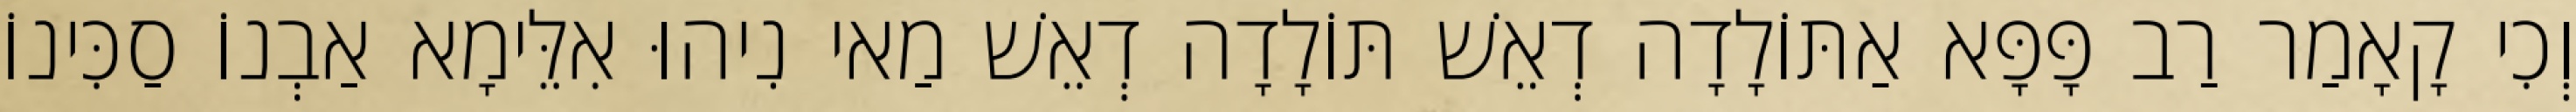
וְכִי קָאָמַר רַב פָּפָּא אַתּוֹלָדָה דְאֵשׁ תּוֹלָדָה דְאֵשׁ מַאי נִיהוּ אִלֵּימָא אַבְנוֹ סַכִּינוֹ